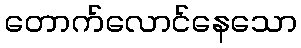
တောက်လောင်နေသော